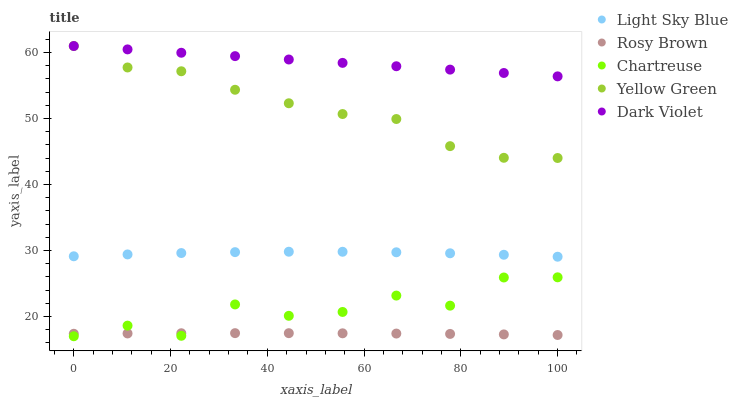
| xaxis_label | Light Sky Blue | Rosy Brown | Chartreuse | Yellow Green | Dark Violet |
 | --- | --- | --- | --- | --- | --- |
 | 0 | 29.1 | 17.4 | 17 | 61 | 61 |
 | 11.1 | 29.4 | 17.4 | 18.6 | 57.7 | 60.5 |
 | 22.2 | 29.6 | 17.5 | 17.1 | 57.2 | 60 |
 | 33.3 | 29.8 | 17.5 | 21.8 | 54.4 | 59.5 |
 | 44.4 | 29.8 | 17.5 | 20.1 | 52.3 | 59 |
 | 55.6 | 29.8 | 17.4 | 20.7 | 50.7 | 58.4 |
 | 66.7 | 29.7 | 17.4 | 23.2 | 49.9 | 57.9 |
 | 77.8 | 29.6 | 17.4 | 21.6 | 45.8 | 57.4 |
 | 88.9 | 29.4 | 17.3 | 25.9 | 44.1 | 56.9 |
 | 100 | 29.1 | 17.2 | 25.9 | 44 | 56.4 |